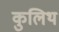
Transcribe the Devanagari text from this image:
कुलिथ